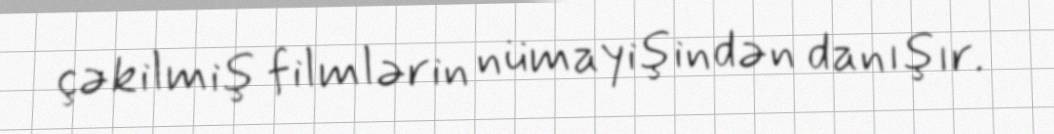
çəkilmiş filmlərin nümayişindən danışır.